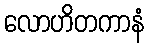
လောဟိတကာနံ